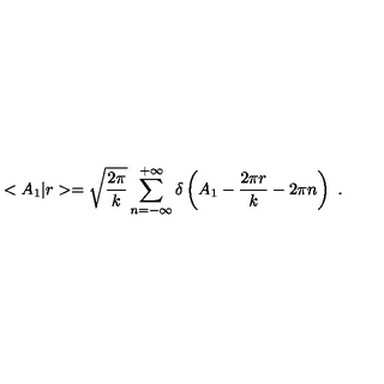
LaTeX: < A _ { 1 } | r > = \sqrt { \frac { 2 \pi } { k } } \sum _ { n = - \infty } ^ { + \infty } \delta \left( A _ { 1 } - \frac { 2 \pi r } { k } - 2 \pi n \right) \ .